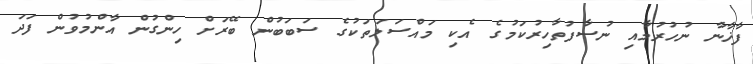
ފާޚާނާ ނުހުރުމާއި ނުސާފުތާހިރުކަމުގެ އެކި މައްސަލަތަކުގެ ސަބަބުން ބޭރަށް ހިންގުން އާންމުވުން ފަދަ